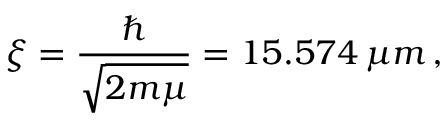
\xi = { \frac { \hbar } { \sqrt { 2 m \mu } } } = 1 5 . 5 7 4 \, \mu m \, ,